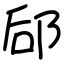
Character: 郈